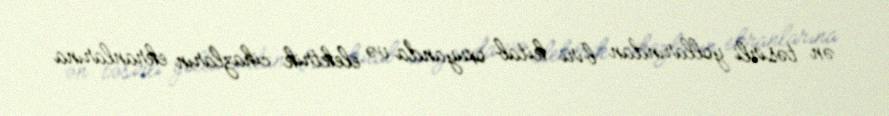
ən təsirli yollarından biri kitab oxuyanda və elektrik cihazların ekranlarına